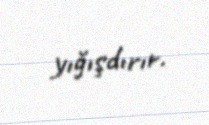
yığışdırır.